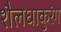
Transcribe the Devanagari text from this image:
शैलधाकुरंग